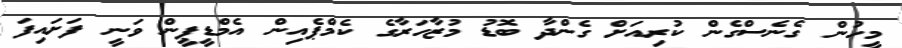
މީހުން ގެނެސްގެން ކުރިއަށް ގެންދާ ބޮޑު މުޒާހަރާގެ ކެމްޕެއިން އެމްޑީޕީން ވަނީ ފަށައިފަ